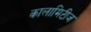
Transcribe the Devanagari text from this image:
कालामिटीज